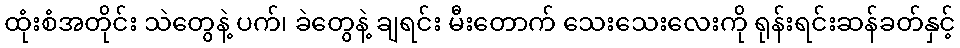
ထုံးစံအတိုင်း သဲတွေနဲ့ ပက်၊ ခဲတွေနဲ့ ချရင်း မီးတောက် သေးသေးလေးကို ရုန်းရင်းဆန်ခတ်နှင့်